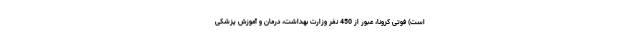
است) فوتی کرونا، عبور از 450 نفر وزارت بهداشت، درمان و آموزش پزشکی